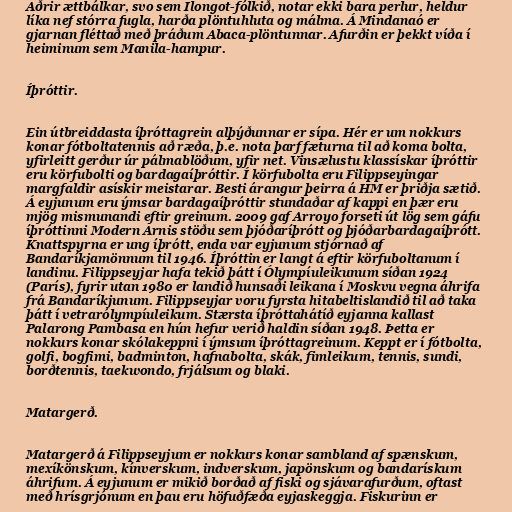
Aðrir ættbálkar, svo sem Ilongot-fólkið, notar ekki bara perlur, heldur
líka nef stórra fugla, harða plöntuhluta og málma. Á Mindanaó er
gjarnan fléttað með þráðum Abaca-plöntunnar. Afurðin er þekkt víða í
heiminum sem Manila-hampur.

Íþróttir.

Ein útbreiddasta íþróttagrein alþýðunnar er sípa. Hér er um nokkurs
konar fótboltatennis að ræða, þ.e. nota þarf fæturna til að koma bolta,
yfirleitt gerður úr pálmablöðum, yfir net. Vinsælustu klassískar íþróttir
eru körfubolti og bardagaíþróttir. Í körfubolta eru Filippseyingar
margfaldir asískir meistarar. Besti árangur þeirra á HM er þriðja sætið.
Á eyjunum eru ýmsar bardagaíþróttir stundaðar af kappi en þær eru
mjög mismunandi eftir greinum. 2009 gaf Arroyo forseti út lög sem gáfu
íþróttinni Modern Arnis stöðu sem þjóðaríþrótt og þjóðarbardagaíþrótt.
Knattspyrna er ung íþrótt, enda var eyjunum stjórnað af
Bandaríkjamönnum til 1946. Íþróttin er langt á eftir körfuboltanum í
landinu. Filippseyjar hafa tekið þátt í Ólympíuleikunum síðan 1924
(París), fyrir utan 1980 er landið hunsaði leikana í Moskvu vegna áhrifa
frá Bandaríkjunum. Filippseyjar voru fyrsta hitabeltislandið til að taka
þátt í vetrarólympíuleikum. Stærsta íþróttahátíð eyjanna kallast
Palarong Pambasa en hún hefur verið haldin síðan 1948. Þetta er
nokkurs konar skólakeppni í ýmsum íþróttagreinum. Keppt er í fótbolta,
golfi, bogfimi, badminton, hafnabolta, skák, fimleikum, tennis, sundi,
borðtennis, taekwondo, frjálsum og blaki.

Matargerð.

Matargerð á Filippseyjum er nokkurs konar sambland af spænskum,
mexíkönskum, kínverskum, indverskum, japönskum og bandarískum
áhrifum. Á eyjunum er mikið borðað af fiski og sjávarafurðum, oftast
með hrísgrjónum en þau eru höfuðfæða eyjaskeggja. Fiskurinn er